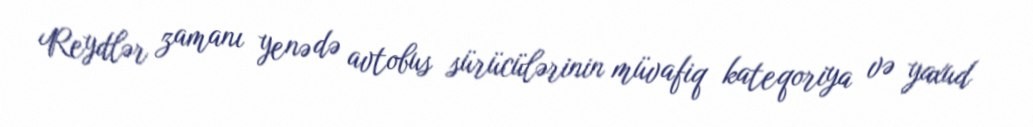
Reydlər zamanı yenə də avtobus sürücülərinin müvafiq kateqoriya və yaxud